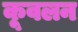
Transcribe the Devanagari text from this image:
कूवलन